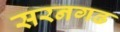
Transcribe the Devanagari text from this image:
सरनगढ